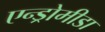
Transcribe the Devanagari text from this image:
एन्ड्रोमीडा